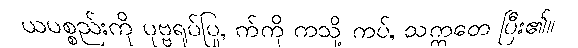
ယပစ္စည်းကို ပုဗ္ဗရုပ်ပြု, က်ကို ကသို့ ကပ်, သက္ကတေ ပြီး၏။